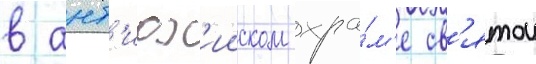
в ант'иох'ииском хра́м'е св'ятои